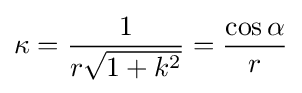
\kappa ={\frac {1}{r{\sqrt {1+k^{2}}}}}={\frac {\cos \alpha }{r}}